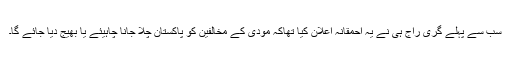
سب سے پہلے گری راج ہی نے یہ احمقانہ اعلان کیا تھاکہ مودی کے مخالفین کو پاکستان چلا جانا چاہیئے یا بھیج دیا جائے گا۔